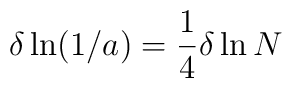
\delta \ln (1/a) = {1 \over 4} \delta \ln N